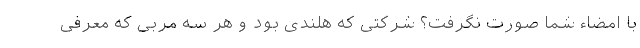
با امضاء شما صورت نگرفت؟ شرکتی که هلندی بود و هر سه مربی که معرفی